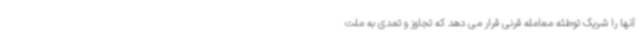
آنها را شریک توطئه معامله قرنی قرار می دهد که تجاوز و تعدی به ملت